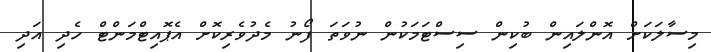
މިސާލަކަށް އޮންލައިން ބުކިން ސިސްޓަމަކުން ނުވަތަ ފޯނު މެދުވެރިކޮށް އެޕޮއިޓްމަންޓް ހެދި އަދި